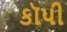
કૉપી